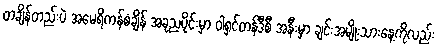
တချိန်တည်းပဲ အမေရိကန်စံချိန် အခုညပိုင်းမှာ ဝါရှင်တန်ဒီစီ အနီးမှာ ချင်းအမျိုးသားနေ့ကိုလည်း